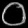
Digit: ၀